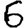
Digit: 6